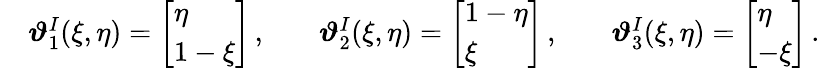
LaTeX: \begin{array}{rlrlrl}&{\boldsymbol{\vartheta}_{1}^{I}(\xi,\eta)=\left[\begin{array}{l}{\eta}\\ {1-\xi}\end{array}\right]\, ,}&&{\boldsymbol{\vartheta}_{2}^{I}(\xi,\eta)=\left[\begin{array}{l}{1-\eta}\\ {\xi}\end{array}\right]\, ,}&&{\boldsymbol{\vartheta}_{3}^{I}(\xi,\eta)=\left[\begin{array}{l}{\eta}\\ {-\xi}\end{array}\right]\, .}\end{array}